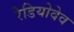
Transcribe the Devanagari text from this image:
रेडियोवेव